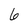
Character: 6